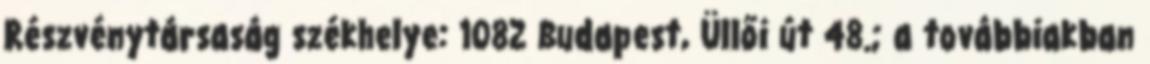
Részvénytársaság székhelye: 1082 Budapest, Üllői út 48.; a továbbiakban